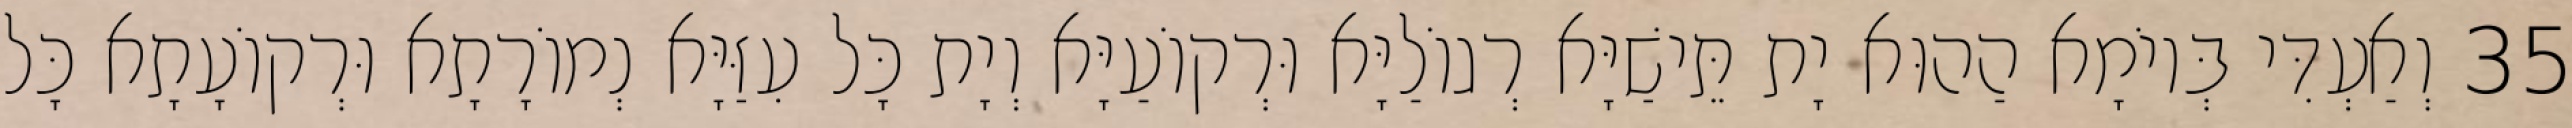
35 וְאַעְדִּי בְּיוֹמָא הַהוּא יָת תֵּישַׁיָּא רְגוֹלַיָּא וּרְקוֹעַיָּא וְיָת כָּל עִזַּיָּא נְמוֹרָתָא וּרְקוֹעָתָא כָּל